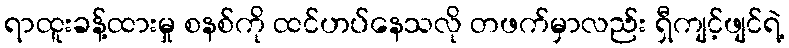
ရာထူးခန့်ထားမှု စနစ်ကို ထင်ဟပ်နေသလို တဖက်မှာလည်း ရှီကျင့်ဖျင်ရဲ့